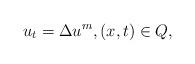
LaTeX: \begin{align*}u_{t}=\Delta u^m,(x,t)\in Q,\end{align*}